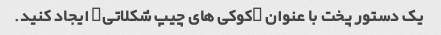
یک دستور پخت با عنوان "کوکی های چیپ شکلاتی" ایجاد کنید.